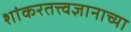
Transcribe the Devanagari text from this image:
शांकरतत्त्वज्ञानाच्या